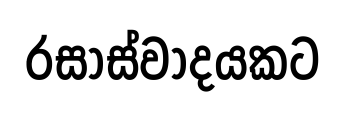
රසාස්වාදයකට